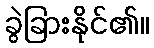
ခွဲခြားနိုင်၏။